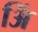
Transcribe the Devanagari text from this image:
अिं